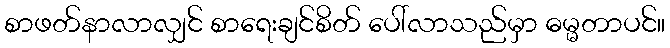
စာဖတ်နာလာလျှင် စာရေးချင်စိတ် ပေါ်လာသည်မှာ ဓမ္မတာပင်။